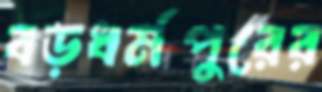
বড়ধর্মপুরের